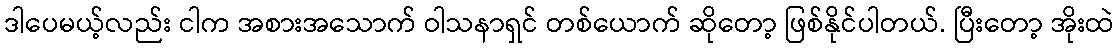
ဒါပေမယ့်လည်း ငါက အစားအသောက် ဝါသနာရှင် တစ်ယောက် ဆိုတော့ ဖြစ်နိုင်ပါတယ်. ပြီးတော့ အိုးထဲ